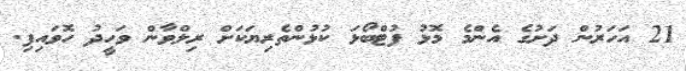
21 އަހަރުން ދަށުގެ އެންމެ މޮޅު ފުޓްބޯޅަ ކުޅުންތެރިޔަކަށް ރިލްވާން ވަހީދު ހޮވައިފި.